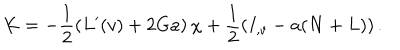
LaTeX: K = - \frac { 1 } { 2 } \left( L ^ { \prime } ( v ) + 2 G a \right) \chi + \frac { 1 } { 2 } \left( I _ { , v } - a ( N + L ) \right) .